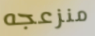
منزعجه